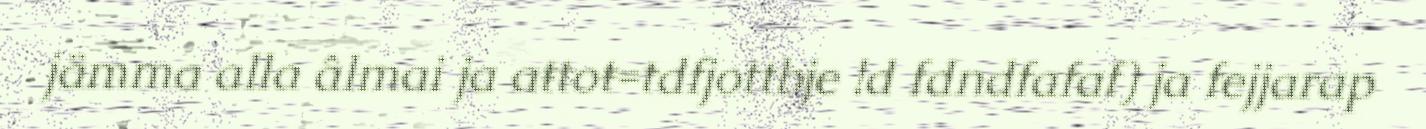
jämma alla âlmai ja aŧtoŧ=tdfjottbje !d fdndfafaf) ja fejjarap